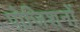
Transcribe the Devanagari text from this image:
पोजिशनों